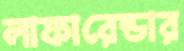
লাফারেন্ডার